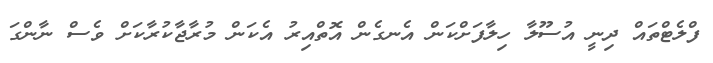
ފްލެޓްތައް ދިނީ އުސޫލާ ހިލާފަށްކަން އެނގެން އޮތްއިރު އެކަން މުރާޖާކުރާކަށް ވެސް ނާންގަ